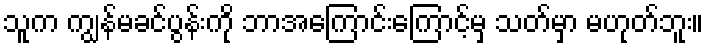
သူက ကျွန်မခင်ပွန်းကို ဘာအကြောင်းကြောင့်မှ သတ်မှာ မဟုတ်ဘူး။